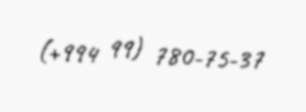
(+994 99) 780-75-37